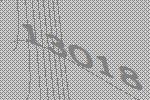
13018